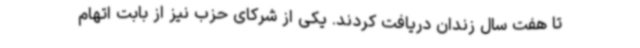
تا هفت سال زندان دریافت کردند. یکی از شرکای حزب نیز از بابت اتهام